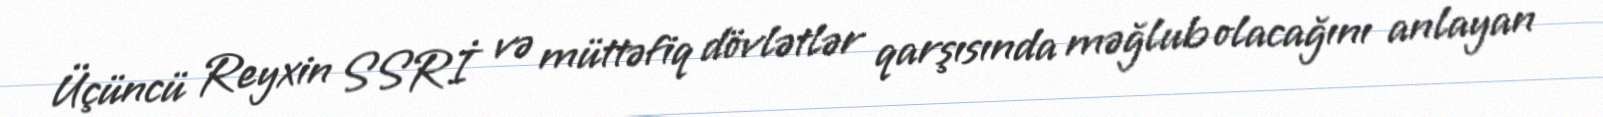
Üçüncü Reyxin SSRİ və müttəfiq dövlətlər qarşısında məğlub olacağını anlayan